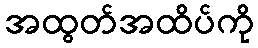
အထွတ်အထိပ်ကို